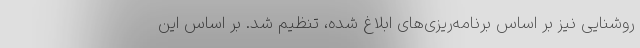
روشنایی نیز بر اساس برنامه‌ریزی‌های ابلاغ شده، تنظیم شد. بر اساس این